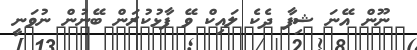
ނޫން އޭނަ ޝިފާ ދެކެ ލައިކް ވޭ ފާޅުކުރަން ބޭނުން ނުވަނީ